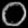
Digit: ၀